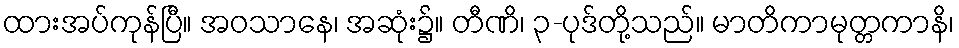
ထားအပ်ကုန်ပြီ။ အဝသာနေ၊ အဆုံး၌။ တီဏိ၊ ၃-ပုဒ်တို့သည်။ မာတိကာမုတ္တကာနိ၊